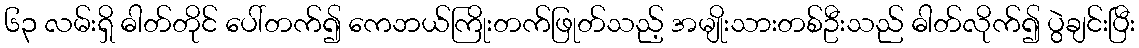
၆၃ လမ်းရှိ ဓါတ်တိုင် ပေါ်တက်၍ ကေဘယ်ကြိုးတက်ဖြုတ်သည့် အမျိုးသားတစ်ဦးသည် ဓါတ်လိုက်၍ ပွဲချင်းပြီး